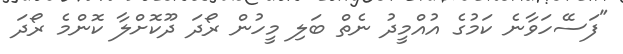
"ފަސޭހަވާނެ ކަމުގެ އުއްމީދު ނެތް ބަލި މީހުން ރޯދަ ދޫކޮށްލާ ކޮންމެ ރޯދަ